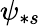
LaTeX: \psi_{\ast s}